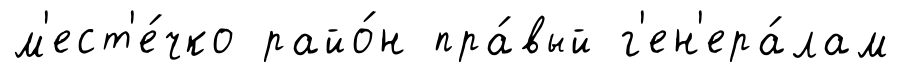
м'ест'е́чко райо́н пра́вый г'ен'ера́лам